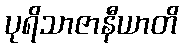
ပုရိသာဇာနီယာတိ